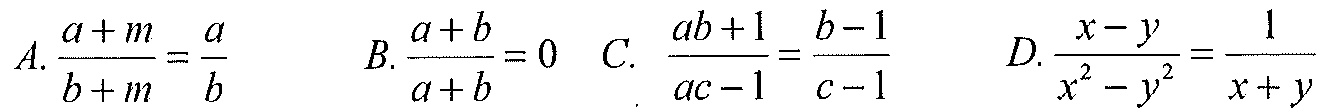
\(A.\frac{a + m}{b + m}=\frac{a}{b}\)  \(B.\frac{a + b}{a + b}=0\)  \(C.\ \frac{ab + 1}{ac - 1}=\frac{b - 1}{c - 1}\)  \(D.\frac{x - y}{x^{2}-y^{2}}=\frac{1}{x + y}\)